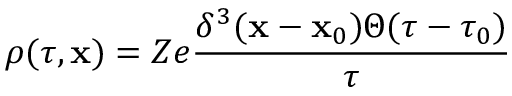
\rho ( \tau , \mathbf { x } ) = Z e \frac { \delta ^ { 3 } ( \mathbf { x } - \mathbf { x } _ { 0 } ) \Theta ( \tau - \tau _ { 0 } ) } { \tau }